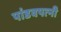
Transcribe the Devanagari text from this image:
पांडवपत्‍नी